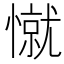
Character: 憱